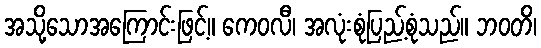
အသို့သောအကြောင်းဖြင့်။ ကေဝလီ၊ အလုံးစုံပြည့်စုံသည်။ ဘဝတိ၊